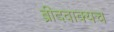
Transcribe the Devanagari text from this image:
ब्रीदवाक्यच